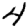
Digit: 4